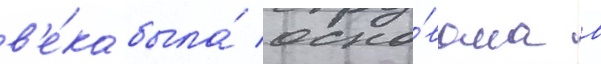
в'е́ка была́ осно́вана в